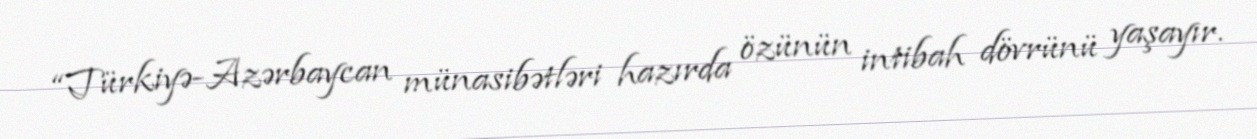
“Türkiyə-Azərbaycan münasibətləri hazırda özünün intibah dövrünü yaşayır.